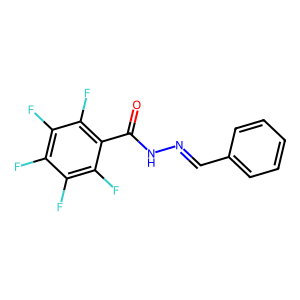
SMILES: O=C(NN=Cc1ccccc1)c1c(F)c(F)c(F)c(F)c1F
Inhibits HIV replication: No